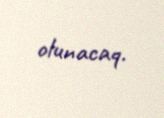
olunacaq.